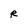
Character: R